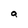
Character: a